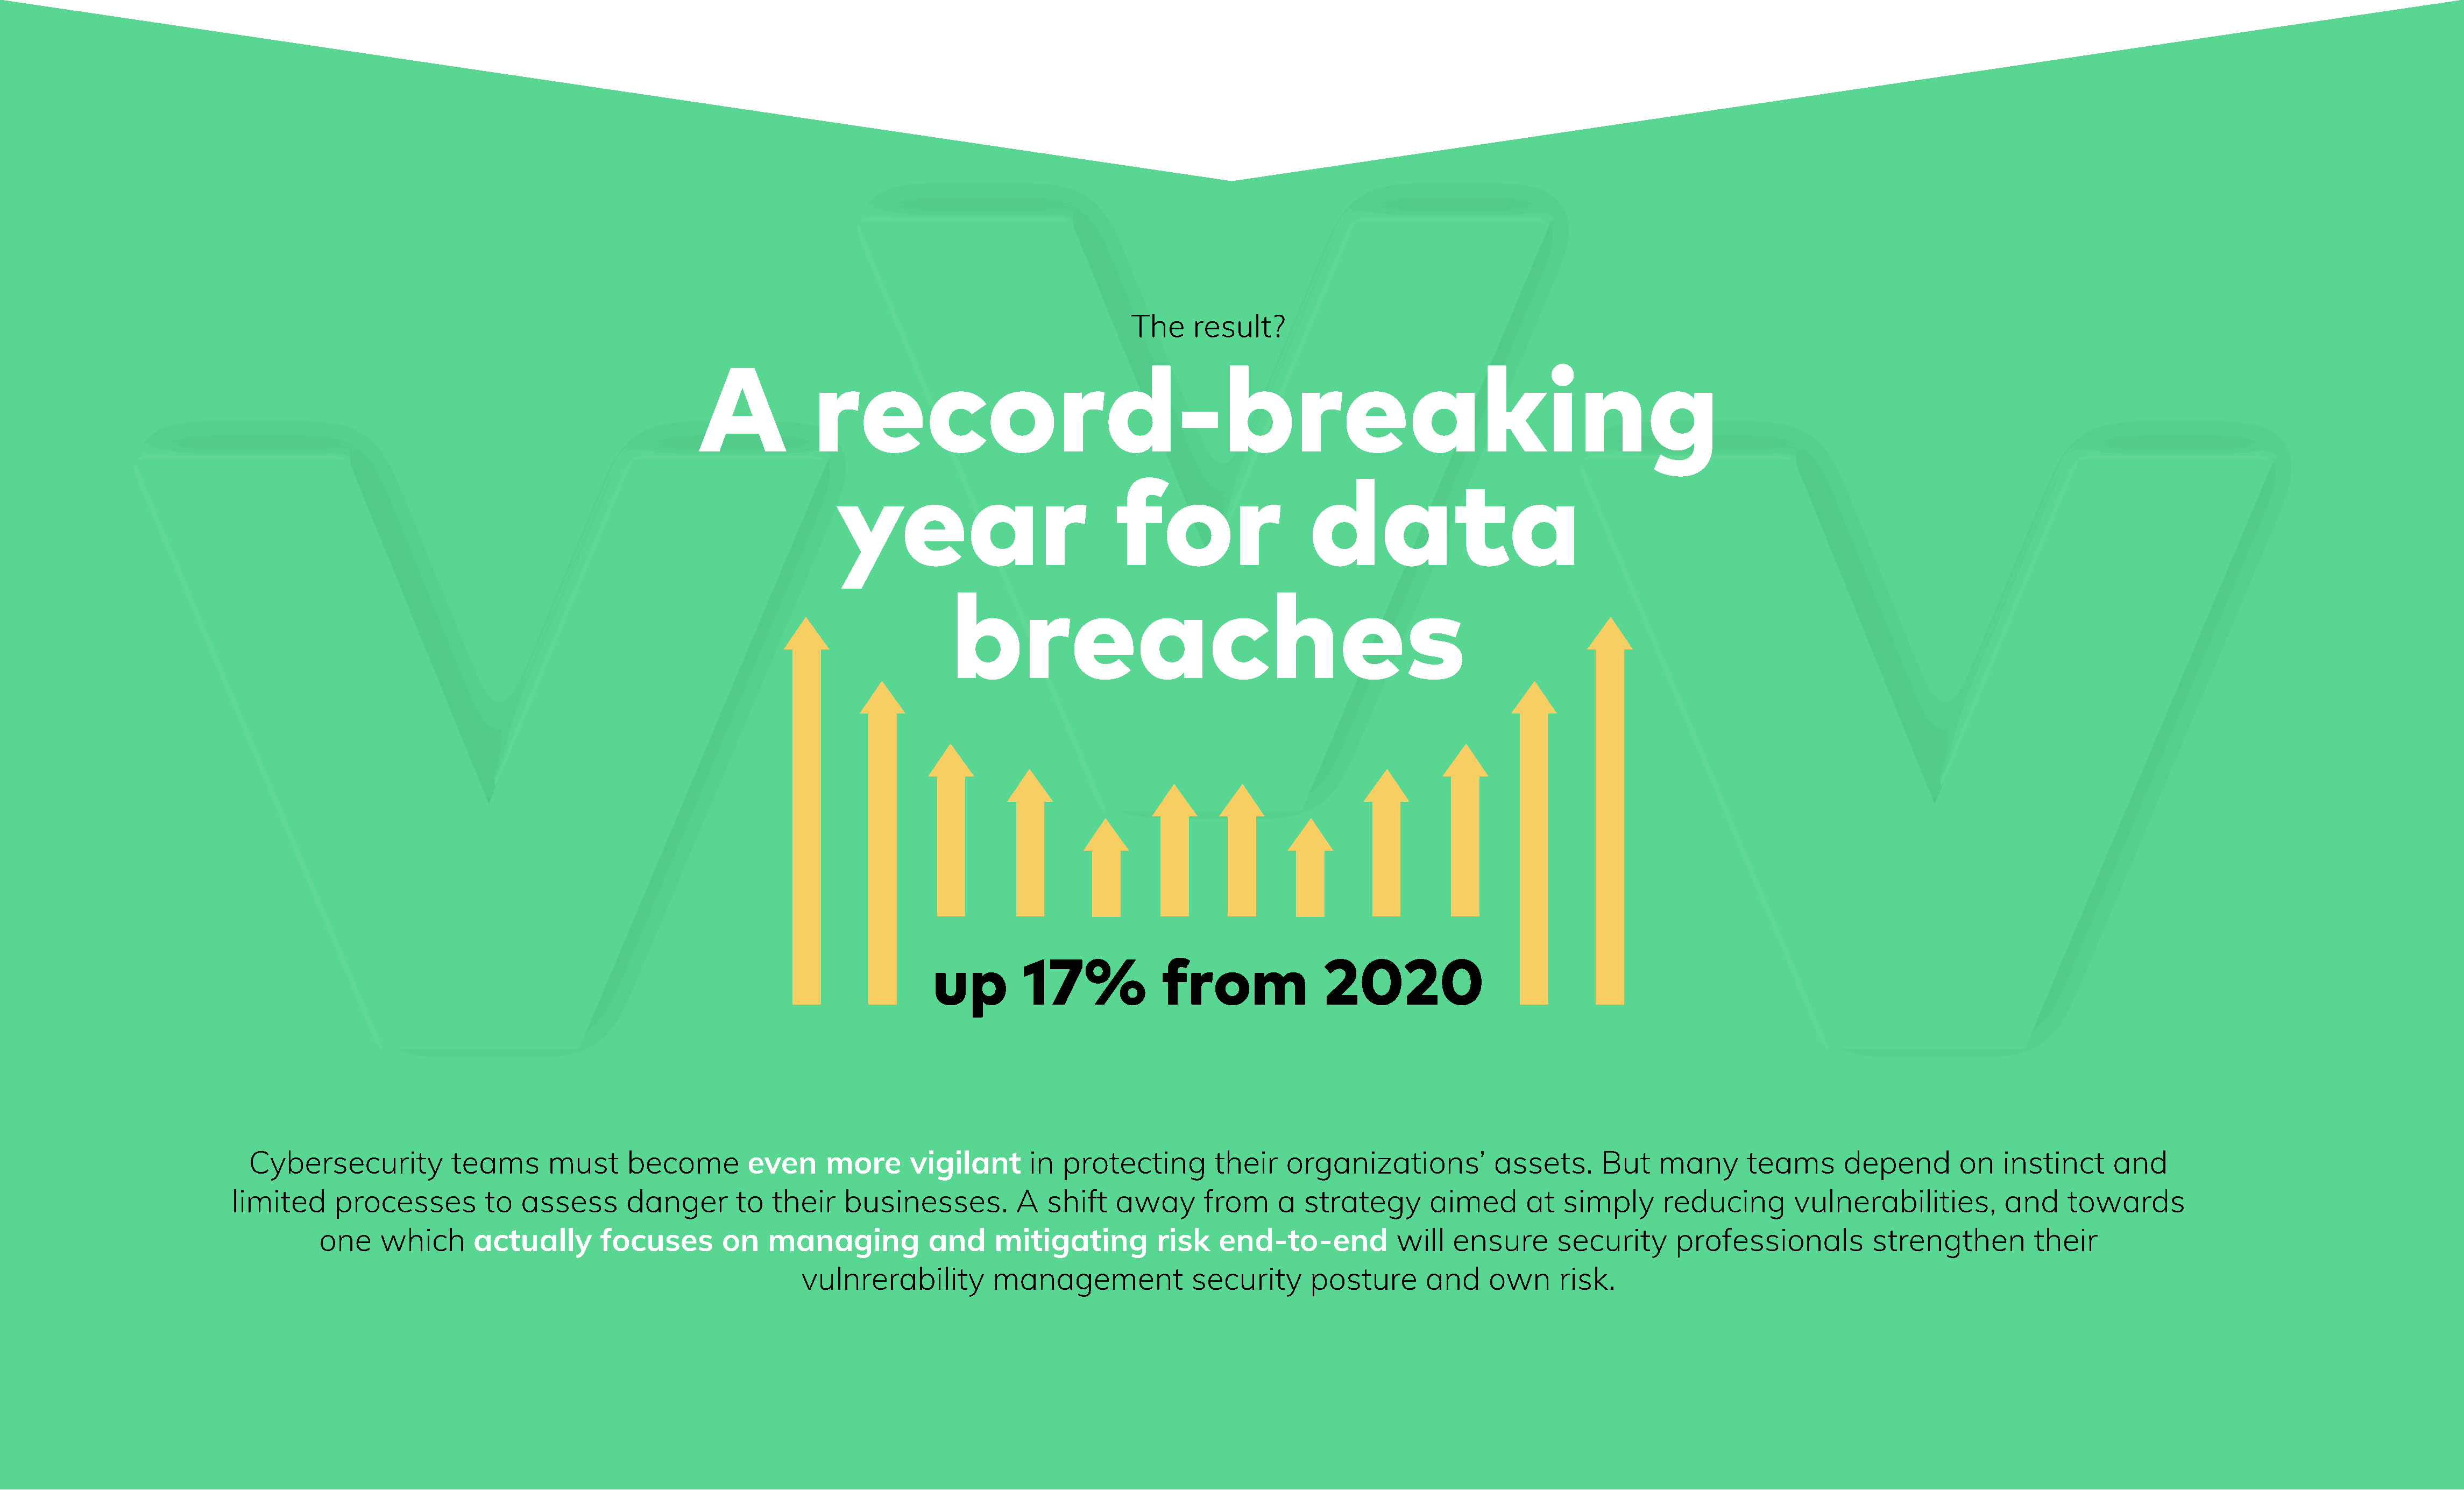
The     result?
 A             record-breaking
 year                              for                     data
 breaches
 up         17%              from                2020
 Cybersecurity            teams      must      become         even      more      vigilant       in  protecting        their    organizations’            assets.      But    many       teams       depend        on   instinct      and
 limited     processes          to  assess       danger        to  their    businesses.          A   shift   away       from     a  strategy        aimed       at  simply       reducing        vulnerabilities,          and    towards
 one     which      actually        focuses        on   managing            and     mitigating          risk    end-to-end            will   ensure       security      professionals           strengthen          their
 vulnrerability         management               security      posture       and     own      risk.